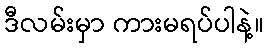
ဒီလမ်းမှာ ကားမရပ်ပါနဲ့။